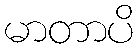
မာတာပိ